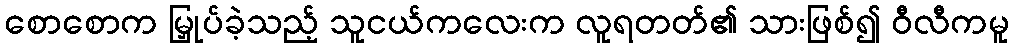
စောစောက မြှုပ်ခဲ့သည့် သူငယ်ကလေးက လူရတတ်၏ သားဖြစ်၍ ဝီလီကမူ